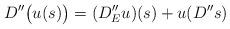
LaTeX: \begin{align*}D''\big(u(s)\big) = (D''_Eu)(s) + u(D''s)\end{align*}